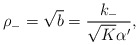
\begin{align*}\rho_-=\sqrt{b}=\frac{k_-}{\sqrt{K}\alpha'},\end{align*}